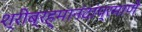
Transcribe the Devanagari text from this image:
श्रीब्रह्मानंदांप्रमाणे